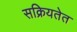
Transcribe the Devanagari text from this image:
सक्रियतेत